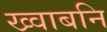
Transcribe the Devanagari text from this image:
ख्वाबनि